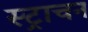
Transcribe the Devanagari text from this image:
स्ट्राचन